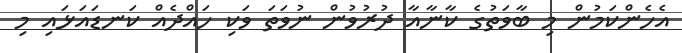
އެހެންކަމުން މި ބާވަތުގެ ކާނާއާ ދުރުވުން ނުވަތަ ވަކި ހައްދެއް ކަނޑައަޅައި މި